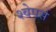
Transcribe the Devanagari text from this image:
श्वेपर्स